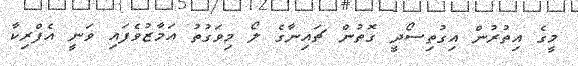
މީގެ އިތުރުން އިގުތިސޯދީ ގޮތުން ޗައިނާގެ ލޯ މިވަގުތު އަމާޒުވެފައި ވަނީ އެފްރިކާ